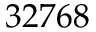
3 2 7 6 8